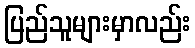
ပြည်သူများမှာလည်း